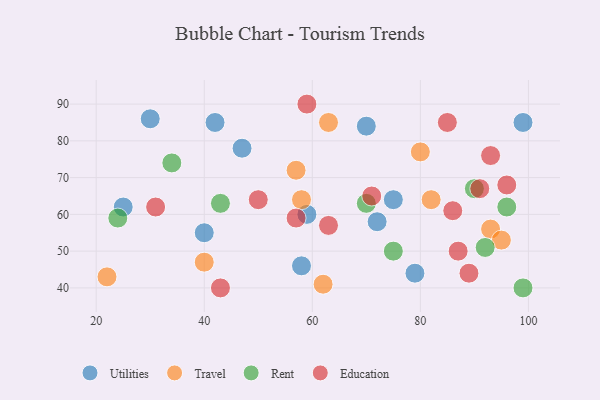
{"axis": {"x": "GDP", "y": "Life Expectancy"}, "legend": ["Education", "Rent", "Travel", "Utilities"], "data": [{"x": "58", "y": 46, "type": "Utilities"}, {"x": "70", "y": 84, "type": "Utilities"}, {"x": "79", "y": 44, "type": "Utilities"}, {"x": "72", "y": 58, "type": "Utilities"}, {"x": "75", "y": 64, "type": "Utilities"}, {"x": "30", "y": 86, "type": "Utilities"}, {"x": "99", "y": 85, "type": "Utilities"}, {"x": "25", "y": 62, "type": "Utilities"}, {"x": "40", "y": 55, "type": "Utilities"}, {"x": "47", "y": 78, "type": "Utilities"}, {"x": "59", "y": 60, "type": "Utilities"}, {"x": "42", "y": 85, "type": "Utilities"}, {"x": "22", "y": 43, "type": "Travel"}, {"x": "80", "y": 77, "type": "Travel"}, {"x": "63", "y": 85, "type": "Travel"}, {"x": "93", "y": 56, "type": "Travel"}, {"x": "95", "y": 53, "type": "Travel"}, {"x": "40", "y": 47, "type": "Travel"}, {"x": "58", "y": 64, "type": "Travel"}, {"x": "57", "y": 72, "type": "Travel"}, {"x": "62", "y": 41, "type": "Travel"}, {"x": "82", "y": 64, "type": "Travel"}, {"x": "43", "y": 63, "type": "Rent"}, {"x": "99", "y": 40, "type": "Rent"}, {"x": "24", "y": 59, "type": "Rent"}, {"x": "96", "y": 62, "type": "Rent"}, {"x": "70", "y": 63, "type": "Rent"}, {"x": "34", "y": 74, "type": "Rent"}, {"x": "92", "y": 51, "type": "Rent"}, {"x": "75", "y": 50, "type": "Rent"}, {"x": "90", "y": 67, "type": "Rent"}, {"x": "71", "y": 65, "type": "Education"}, {"x": "96", "y": 68, "type": "Education"}, {"x": "50", "y": 64, "type": "Education"}, {"x": "85", "y": 85, "type": "Education"}, {"x": "87", "y": 50, "type": "Education"}, {"x": "93", "y": 76, "type": "Education"}, {"x": "57", "y": 59, "type": "Education"}, {"x": "63", "y": 57, "type": "Education"}, {"x": "31", "y": 62, "type": "Education"}, {"x": "59", "y": 90, "type": "Education"}, {"x": "86", "y": 61, "type": "Education"}, {"x": "91", "y": 67, "type": "Education"}, {"x": "89", "y": 44, "type": "Education"}, {"x": "43", "y": 40, "type": "Education"}]}